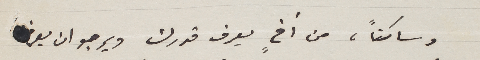
وساكتاً، من أخٍ يعرف قدرك ويرجو ان يعرفَ